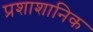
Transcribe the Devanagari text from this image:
प्रशाशानिक